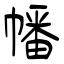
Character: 幡